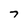
Character: 7